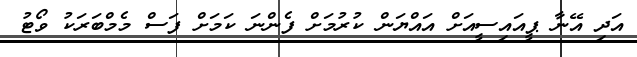
އަދި އޭނާ ޕީއައިސީއަށްް އައްޔަން ކުރުމަށް ފެންނަ ކަމަށް ފަސް މެމްބަރަކު ވޯޓު